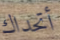
أتحداك